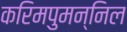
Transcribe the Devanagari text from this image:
करिमपुमन्निल